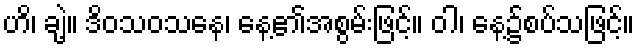
ဟိ၊ ချဲ့။ ဒိဝသဝသနေ၊ နေ့၏အစွမ်းဖြင့်။ ဝါ၊ နေ့၌စပ်သဖြင့်။